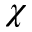
\chi